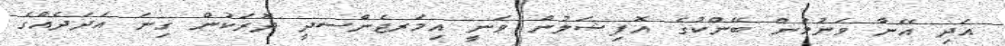
އަދި އޭނާ ވަނުމުން ބޭންކުގެ އޮފިޝަލުން ވަނީ އިމަރޖެންސދީ ދޮރަކުން ގިނަ އަދަދެއްގެ